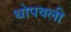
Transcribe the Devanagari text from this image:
थोपवली